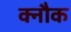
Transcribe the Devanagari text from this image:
क्नौक